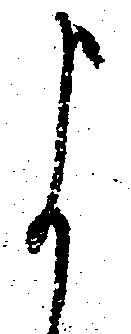
よ